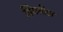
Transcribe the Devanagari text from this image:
स्थितील